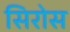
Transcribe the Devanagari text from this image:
सिरोस